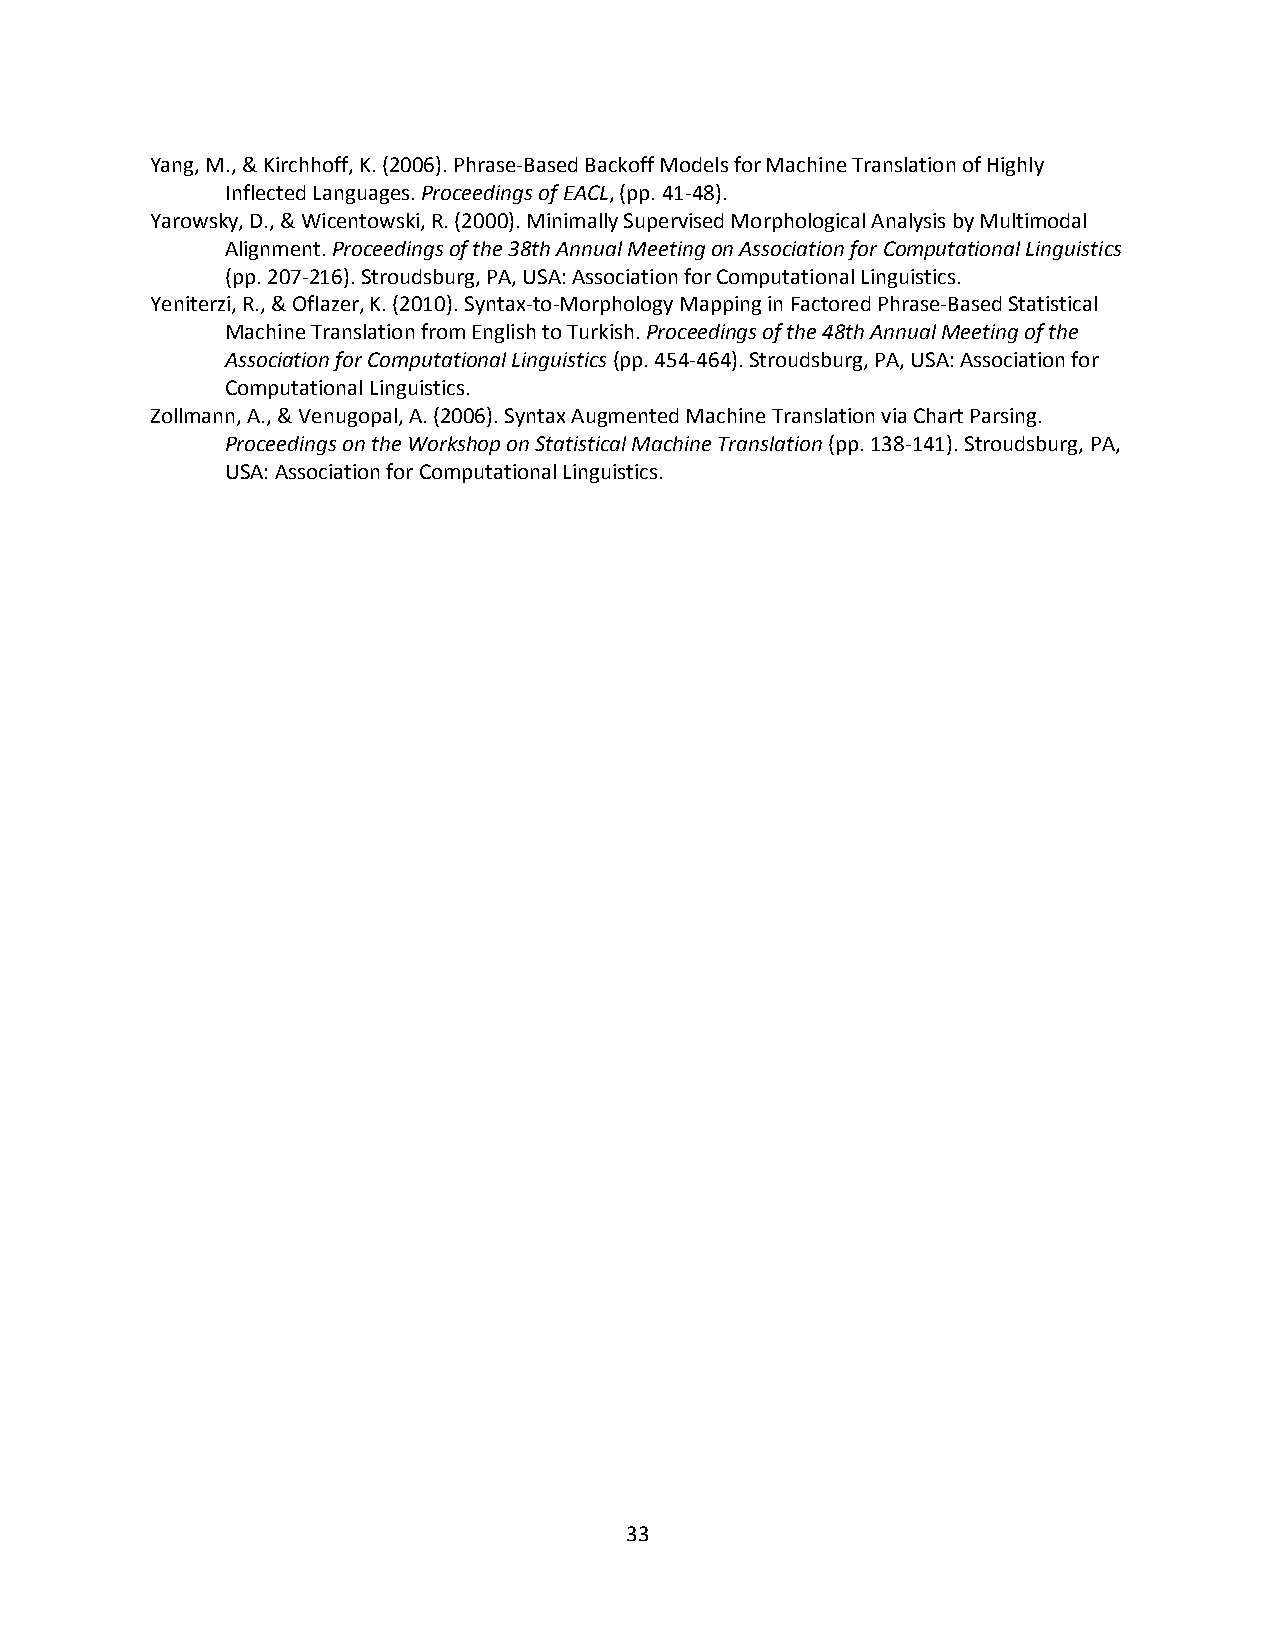
Yang, M., & Kirchhoff, K. (2006). Phrase-Based Backoff Models for Machine Translation of Highly
 Inflected Languages. Proceedings of EACL, (pp. 41-48).
 Yarowsky, D., & Wicentowski, R. (2000). Minimally Supervised Morphological Analysis by Multimodal
 Alignment. Proceedings of the 38th Annual Meeting on Association for Computational Linguistics
 (pp. 207-216). Stroudsburg, PA, USA: Association for Computational Linguistics.
 Yeniterzi, R., & Oflazer, K. (2010). Syntax-to-Morphology Mapping in Factored Phrase-Based Statistical
 Machine Translation from English to Turkish. Proceedings of the 48th Annual Meeting of the
 Association for Computational Linguistics (pp. 454-464). Stroudsburg, PA, USA: Association for
 Computational Linguistics.
 Zollmann, A., & Venugopal, A. (2006). Syntax Augmented Machine Translation via Chart Parsing.
 Proceedings on the Workshop on Statistical Machine Translation (pp. 138-141). Stroudsburg, PA,
 USA: Association for Computational Linguistics.
 33